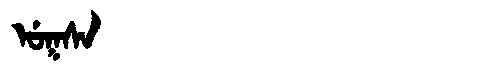
Manchu: ᡠᡴᠰᠠ
Romanization: UKSA